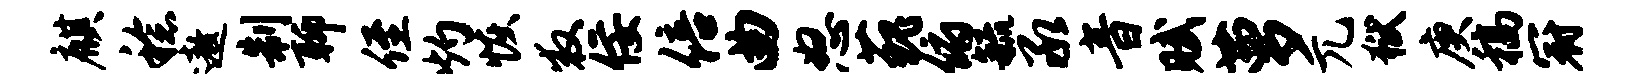
麒稔遨制聊侄灼恢救佞倍曲怒藐俯毓承音赋萝兀狱庚稿冠